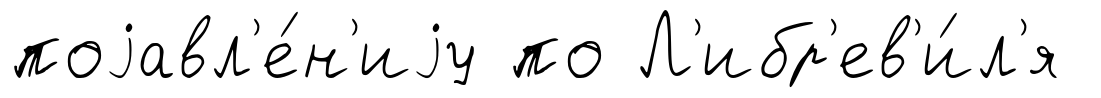
поjавл'е́н'иjу по Л'ибр'ев'и́л'я